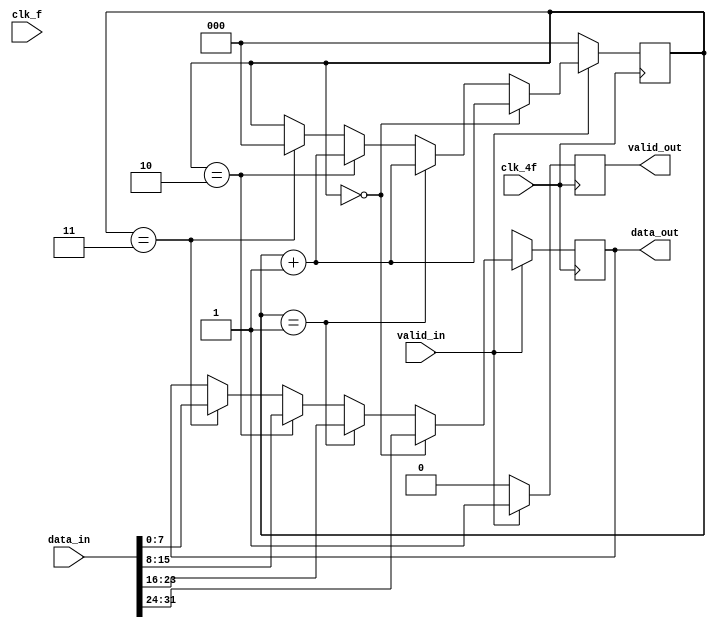
module conv_32b_8b ( input wire clk_4f,
                input wire clk_f,
                input wire [31:0] data_in,
                input wire valid_in,
                output reg valid_out,
                output reg [7:0] data_out);

reg [2:0]contador; // Se crea un registro interno para tener un control de cuales 
                   // datos pasar a la salida

/*
initial begin
    contador = 0; 
end
*/

always @(posedge clk_4f)begin

    if (valid_in == 1)begin                 // Si valid_in est en 1 se empieza a pasar los datos
      valid_out <= valid_in;                // Se pasa primero valid_in a valid_out
     if(contador == 0)begin
        data_out <= data_in [31:24];        // Primeros 8 bits a la salida
        contador = contador + 1;            // Aumento del contador 
     end

     else if (contador == 1)begin
         data_out <= data_in [23:16];      // Segundos 8 bits a la salida
         contador = contador + 1;          // Aumento del contador
     end

     else if (contador == 2)begin
         data_out <= data_in [15:8]; // Terceros 8 bits a la salida
         contador = contador + 1; // Aumento del contador
     end

     else if (contador == 3)begin
         data_out <= data_in [7:0]; // ltimos 8 bits a la salida
         contador = 0;  // Se reinicia el contador 
     end
    end
    else if(valid_in == 0)begin // Condicin para cuando valid_in se encuentre en 0 
        valid_out <= valid_in; // Se pasa la seal de valid_in a valid_out
        data_out <= 8'bXXXXXXXX;  // Se pasa una seal "basura" a data_out
        contador = 0;  // Se reinicia el contador             
    end
end
    
endmodule